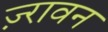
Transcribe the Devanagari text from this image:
ज़्रावन